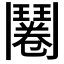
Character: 𮫔